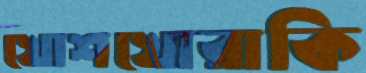
খোশখোরাকি